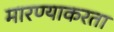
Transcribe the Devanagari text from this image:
मारण्याकरता